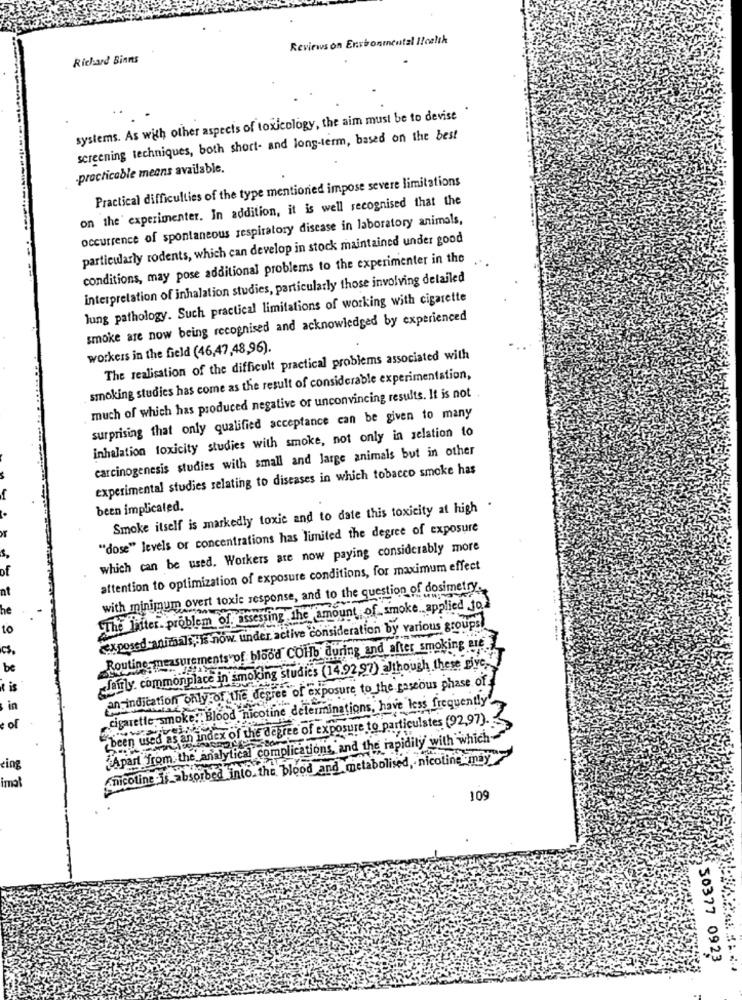
Reviews on Ensbonmental Health
Richard Binns
systems. As with other aspects of toxicology, the aim must be to devise "
screening techniques, both short- and long-term, based on the best
-practicable means available.
Practical difficulties of the type mentioned impose severe limitations
on the' experimenter. In addition, it is well recognised that the
occurrence of spontaneous respiratory disease in laboratory animals,
particularly rodents, which can develop in stock maintained under good
conditions, may pose additional problems to the experimenter in the
interpretation of inhalation studies, particularly those involving delailed
lung pathology. Such practical limitations of working with cigarette
smoke are now being recognised and acknowledged by experienced
workers in the field (46,47,48,96).
The realisation of the difficult practical problems associated with
smoking studies has come as the result of considerable experimentation,
much of which has produced negative or unconvincing results. It is not
surprising that only qualified acceptance can be given to many
inhalation toxicity studies with smoke, not only in relation to
carcinogenesis studies with small and large animals but in other
experimental studies relating to diseases in which tobacco smoke has
been implicated.
Smoke itself is markedly toxic and to date this toxicity at high
"dose" levels or concentrations has limited the degree of exposure
which can be used. Workers are now paying considerably more
of
attention to optimization of exposure conditions, for maximum effect
at
with minimum overt toxic response, and to the question of dosimetry.
he
.The Initer. problem of. assessing the amount of smoke .. applied to
to
exposed animals, is now. under active consideration by various groups!
CS.
Routine-measurements of blood COHb during and after smoking sie
be
Janly. commonplace in smoking studies (14.92,97) although these pive-
t is
an indication only of the degree of exposure to the gaseous phase of.
in
cigarette smoke," Blood nicotine delerminations, have less frequently
been used as an index of the degree of exposure to particulstes (92,97).
e of
"Apart from: the analytical complications, and the rapidity with which-
chicoline. .. absorbed into. the blood and metabolised, nicoline may
eing
imal
109
50377 0923